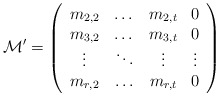
\begin{align*} \mathcal M' = \left(\begin{array}{cccc} m_{2,2} & \dots & m_{2,t} & 0\\ m_{3,2} & \dots & m_{3,t} & 0 \\ \vdots & \ddots & \vdots & \vdots \\ m_{r,2} & \hdots & m_{r,t} & 0\end{array}\right)\end{align*}